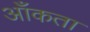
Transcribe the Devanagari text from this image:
आँकता